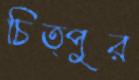
চিত্পুর